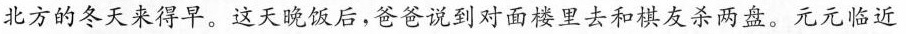
北方的冬天来得早。这天晚饭后，爸爸说到对面楼里去和棋友杀两盘。元元临近